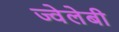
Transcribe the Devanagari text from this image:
ज्वेलेबी